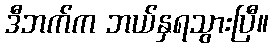
ဒီဘက်က ဘယ်နှရသွားပြီ။